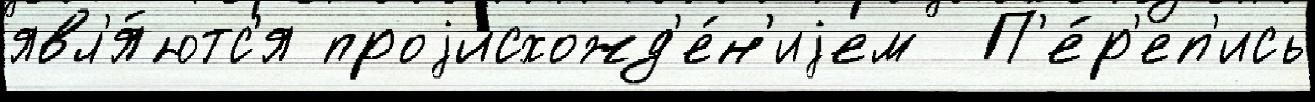
явл'я́ютс'я проjисхожд'е́н'иjем  П'е́р'еп'ись